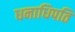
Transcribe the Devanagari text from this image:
धनाधिपति